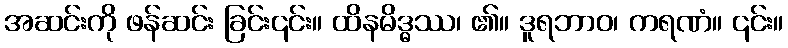
အဆင်းကို ဖန်ဆင်း ခြင်း၎င်း။ ထိနမိဒ္ဓဿ၊ ၏။ ဒူရဘာဝ၊ ကရဏံ။ ၎င်း။